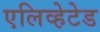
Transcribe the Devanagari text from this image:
एलिव्हेटेड